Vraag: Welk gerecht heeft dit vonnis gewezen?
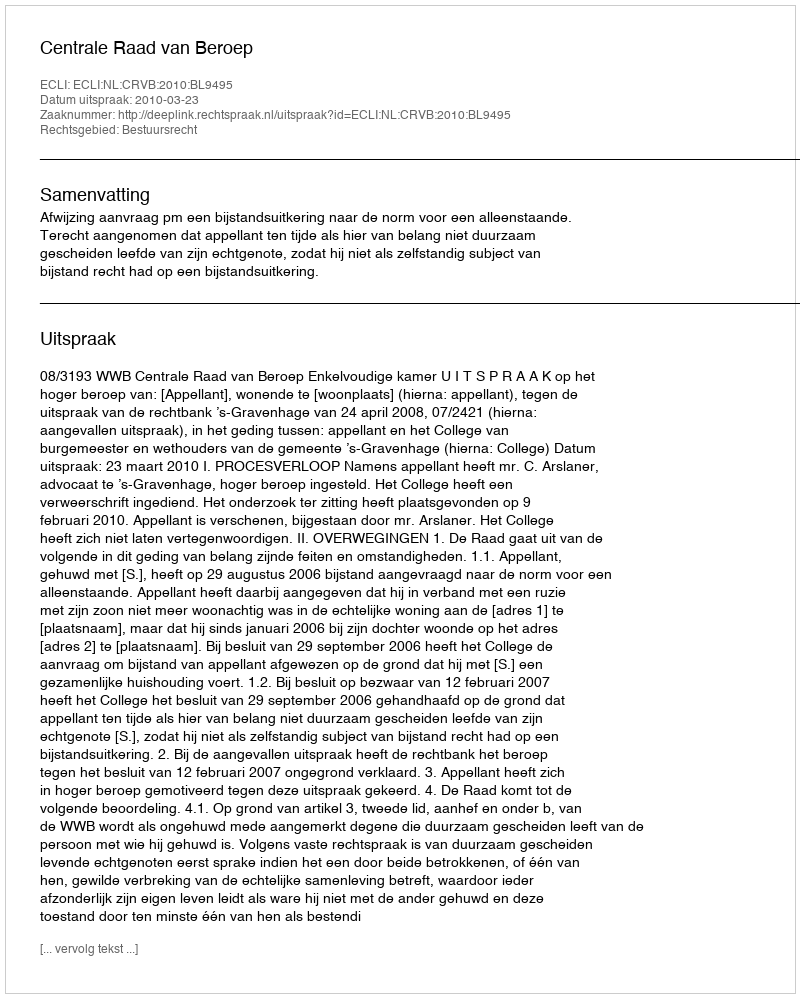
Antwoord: Centrale Raad van Beroep